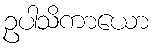
ဥပါသိကာယော